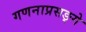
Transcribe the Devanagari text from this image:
गणनाप्रसङ्गे